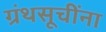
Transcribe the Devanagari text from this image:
ग्रंथसूचींना